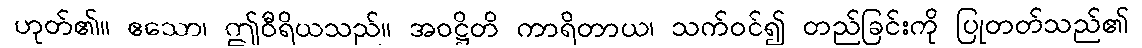
ဟုတ်၏။ ဧသော၊ ဤဝီရိယသည်။ အဝဋ္ဌိတိ ကာရိတာယ၊ သက်ဝင်၍ တည်ခြင်းကို ပြုတတ်သည်၏